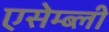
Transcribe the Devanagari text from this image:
एसेम्ब्ली